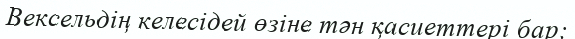
Вексельдің келесідей өзіне тән қасиеттері бар: